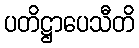
ပတိဋ္ဌာပေသီတိ